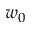
w _ { 0 }